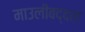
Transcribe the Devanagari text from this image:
माउलींबद्दल